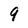
Character: 9